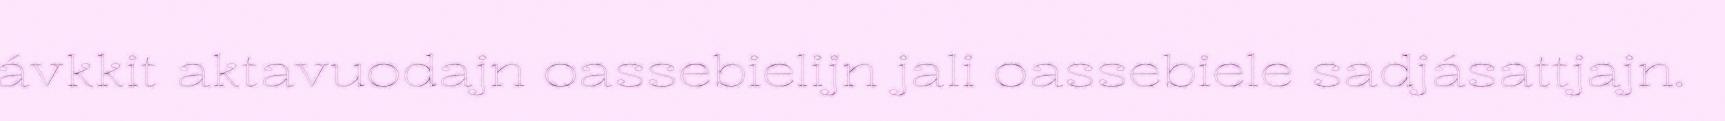
ávkkit aktavuodajn oassebielijn jali oassebiele sadjásattjajn.